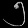
Digit: ၅